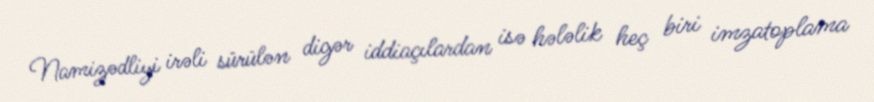
Namizədliyi irəli sürülən digər iddiaçılardan isə hələlik heç biri imzatoplama